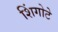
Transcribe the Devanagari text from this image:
शिंगोटे